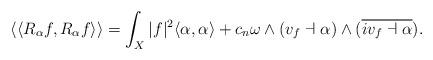
LaTeX: \begin{align*} \langle\langle R_{\alpha} f, R_{\alpha} f\rangle\rangle= \int_{X} \vert f \vert^{2} \langle \alpha, \alpha \rangle + c_{n} \omega \wedge (v_{f} \dashv \alpha) \wedge (\overline{i v_{f}\dashv \alpha}). \end{align*}